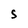
Character: S